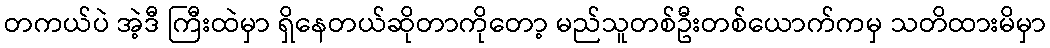
တကယ်ပဲ အဲ့ဒီ ကြီးထဲမှာ ရှိနေတယ်ဆိုတာကိုတော့ မည်သူတစ်ဦးတစ်ယောက်ကမှ သတိထားမိမှာ